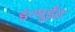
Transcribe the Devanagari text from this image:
इंन्युईट